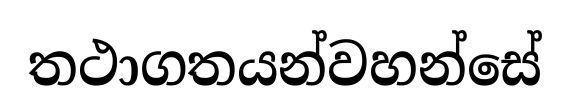
තථාගතයන්වහන්සේ